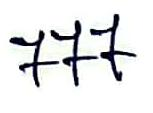
777